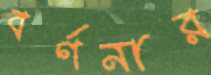
বর্ণনার